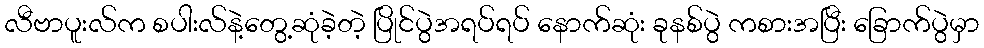
လီဗာပူးလ်က စပါးလ်နဲ့တွေ့ဆုံခဲ့တဲ့ ပြိုင်ပွဲအရပ်ရပ် နောက်ဆုံး ခုနစ်ပွဲ ကစားအပြီး ခြောက်ပွဲမှာ